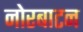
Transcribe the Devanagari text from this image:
नोरबाटन